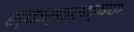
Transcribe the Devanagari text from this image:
स्वार्थरक्षक